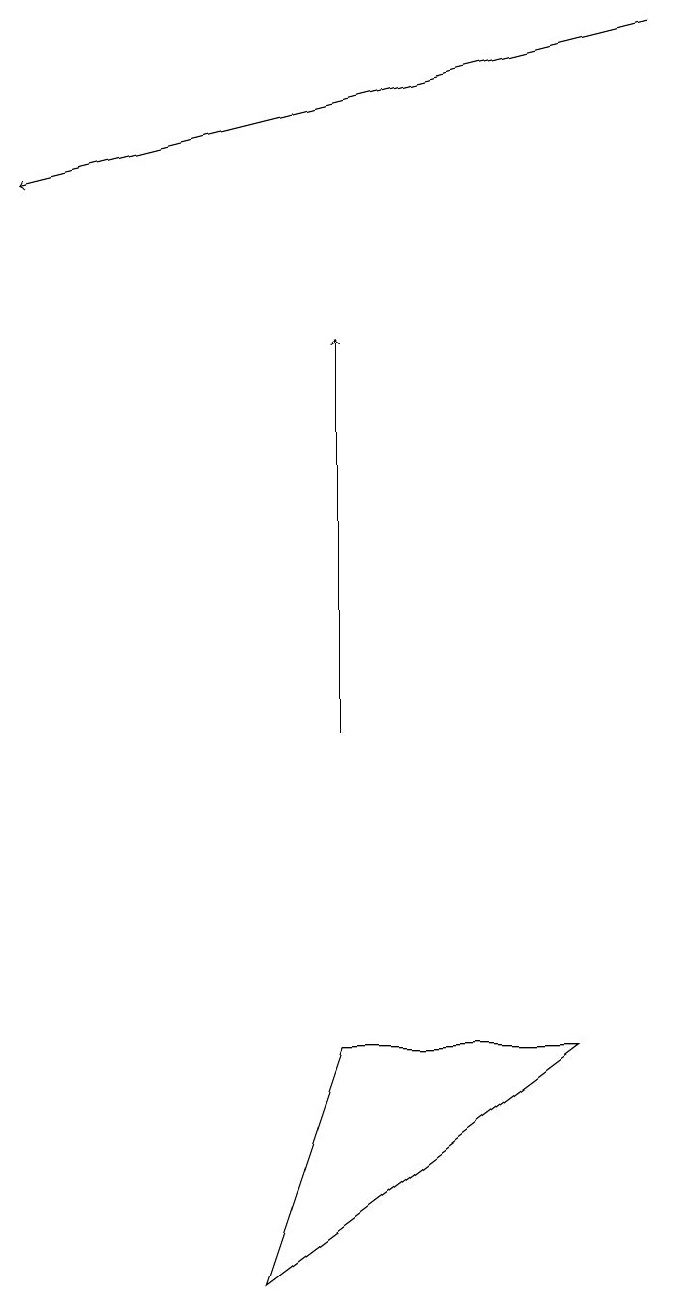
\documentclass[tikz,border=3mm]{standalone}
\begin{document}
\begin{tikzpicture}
\draw[->] (9,19) -- (1,17);
\draw (4,3) -- (8,6) -- (5,6) -- cycle;
\draw[->] (5,10) -- (5,15);
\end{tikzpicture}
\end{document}